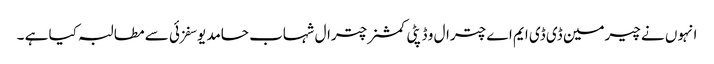
انہوں نے چیرمین ڈی ڈی ایم اے چترال و ڈپٹی کمشنر چترال شہاب حامد یوسفزئی سے مطالبہ کیا ہے ۔